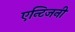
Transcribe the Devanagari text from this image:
एन्टिजनी